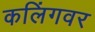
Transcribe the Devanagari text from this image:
कलिंगवर